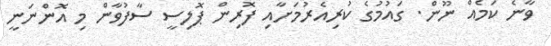
ވާނެ ކަމެއް ނޫން. ގައުމުގެ ކުރިއެރުމަށާއި ފޮރިން ޕޮލިސީ ސާފުވާން މި އޮންނަނީ